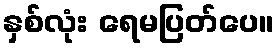
နှစ်လုံး ရေမပြတ်ပေ။